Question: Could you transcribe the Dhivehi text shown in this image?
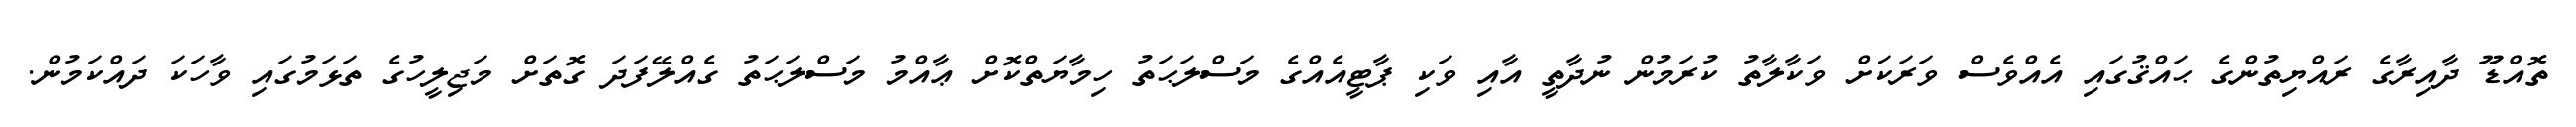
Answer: ތޮއްޑޫ ދާއިރާގެ ރައްޔިތުންގެ ޙައްޤުގައި އެއްވެސް ވަރަކަށް ވަކާލާތު ކުރަމުން ނުދާތީ އާއި ވަކި ޕާޓީއެއްގެ މަސްލަޙަތު ހިމާޔަތްކޮށް ޢާއްމު މަސްލަޙަތު ގެއްލޭފަދަ ގޮތަށް މަޖިލީހުގެ ތަޅަމުގައި ވާހަކަ ދައްކަމުން.